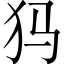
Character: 犸